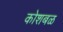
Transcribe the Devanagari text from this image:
कोशबळ